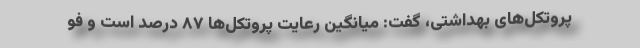
پروتکل‌های بهداشتی، گفت: میانگین رعایت پروتکل‌ها ۸۷ درصد است و فو